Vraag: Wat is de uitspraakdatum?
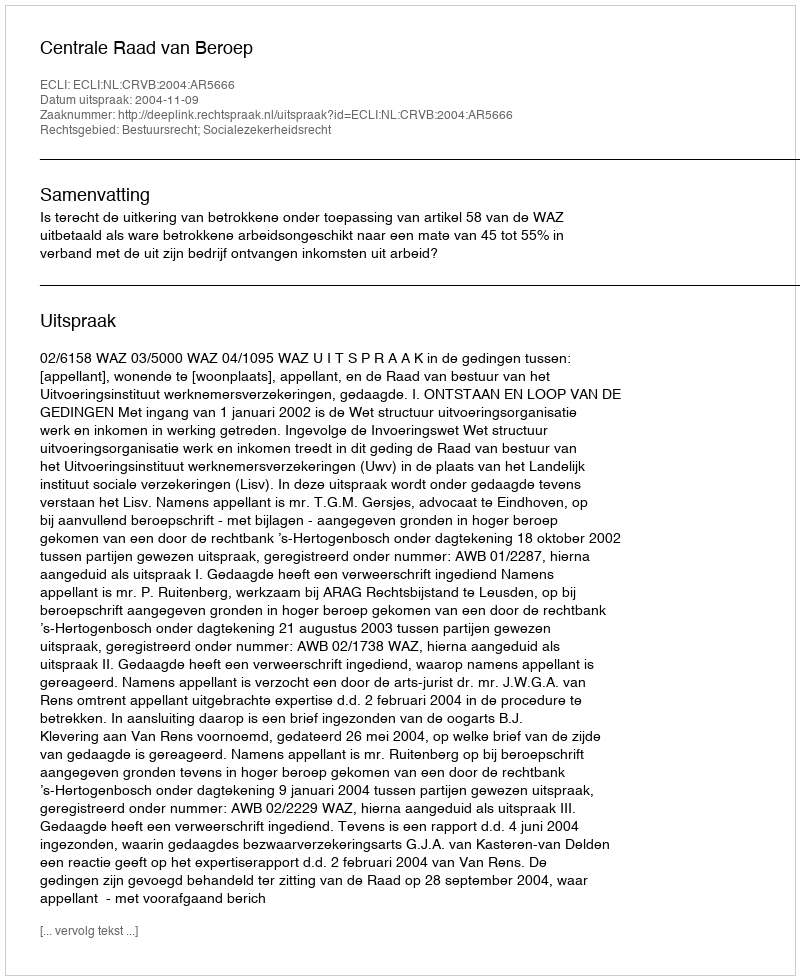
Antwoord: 2004-11-09